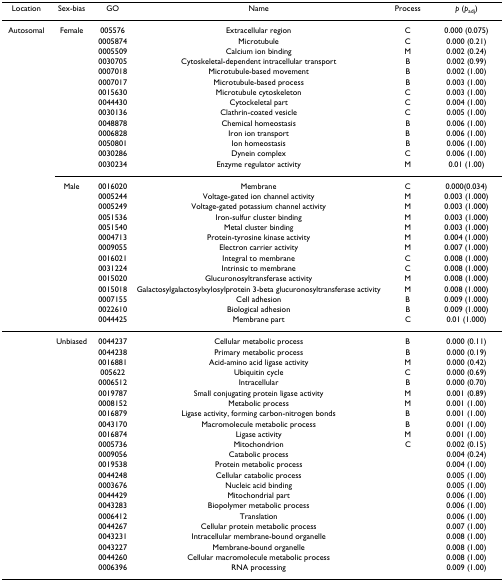
<table><thead><tr><td><b>Location</b></td><td><b>Sex-bias</b></td><td><b>GO</b></td><td><b>Name</b></td><td><b>Process</b></td><td><b><i>p </i>(<i>p</i><sub>adj</sub>)</b></td></tr></thead><tbody><tr><td>Autosomal</td><td>Female</td><td>005576</td><td>Extracellular region</td><td>C</td><td>0.000 (0.075)</td></tr><tr><td></td><td></td><td>0005874</td><td>Microtubule</td><td>C</td><td>0.000 (0.21)</td></tr><tr><td></td><td></td><td>0005509</td><td>Calcium ion binding</td><td>M</td><td>0.002 (0.24)</td></tr><tr><td></td><td></td><td>0030705</td><td>Cytoskeletal-dependent intracellular transport</td><td>B</td><td>0.002 (0.99)</td></tr><tr><td></td><td></td><td>0007018</td><td>Microtubule-based movement</td><td>B</td><td>0.002 (1.00)</td></tr><tr><td></td><td></td><td>0007017</td><td>Microtubule-based process</td><td>B</td><td>0.003 (1.00)</td></tr><tr><td></td><td></td><td>0015630</td><td>Microtubule cytoskeleton</td><td>C</td><td>0.003 (1.00)</td></tr><tr><td></td><td></td><td>0044430</td><td>Cytockeletal part</td><td>C</td><td>0.004 (1.00)</td></tr><tr><td></td><td></td><td>0030136</td><td>Clathrin-coated vesicle</td><td>C</td><td>0.005 (1.00)</td></tr><tr><td></td><td></td><td>0048878</td><td>Chemical homeostasis</td><td>B</td><td>0.006 (1.00)</td></tr><tr><td></td><td></td><td>0006828</td><td>Iron ion transport</td><td>B</td><td>0.006 (1.00)</td></tr><tr><td></td><td></td><td>0050801</td><td>Ion homeostasis</td><td>B</td><td>0.006 (1.00)</td></tr><tr><td></td><td></td><td>0030286</td><td>Dynein complex</td><td>C</td><td>0.006 (1.00)</td></tr><tr><td></td><td></td><td>0030234</td><td>Enzyme regulator activity</td><td>M</td><td>0.01 (1.00)</td></tr><tr><td></td><td>Male</td><td>0016020</td><td>Membrane</td><td>C</td><td>0.000(0.034)</td></tr><tr><td></td><td></td><td>0005244</td><td>Voltage-gated ion channel activity</td><td>M</td><td>0.003 (1.000)</td></tr><tr><td></td><td></td><td>0005249</td><td>Voltage-gated potassium channel activity</td><td>M</td><td>0.003 (1.000)</td></tr><tr><td></td><td></td><td>0051536</td><td>Iron-sulfur cluster binding</td><td>M</td><td>0.003 (1.000)</td></tr><tr><td></td><td></td><td>0051540</td><td>Metal cluster binding</td><td>M</td><td>0.003 (1.000)</td></tr><tr><td></td><td></td><td>0004713</td><td>Protein-tyrosine kinase activity</td><td>M</td><td>0.004 (1.000)</td></tr><tr><td></td><td></td><td>0009055</td><td>Electron carrier activity</td><td>M</td><td>0.007 (1.000)</td></tr><tr><td></td><td></td><td>0016021</td><td>Integral to membrane</td><td>C</td><td>0.008 (1.000)</td></tr><tr><td></td><td></td><td>0031224</td><td>Intrinsic to membrane</td><td>C</td><td>0.008 (1.000)</td></tr><tr><td></td><td></td><td>0015020</td><td>Glucuronosyltransferase activity</td><td>M</td><td>0.008 (1.000)</td></tr><tr><td></td><td></td><td>0015018</td><td>Galactosylgalactosylxylosylprotein 3-beta glucuronosyltransferase activity</td><td>M</td><td>0.008 (1.000)</td></tr><tr><td></td><td></td><td>0007155</td><td>Cell adhesion</td><td>B</td><td>0.009 (1.000)</td></tr><tr><td></td><td></td><td>0022610</td><td>Biological adhesion</td><td>B</td><td>0.009 (1.000)</td></tr><tr><td></td><td></td><td>0044425</td><td>Membrane part</td><td>C</td><td>0.01 (1.000)</td></tr><tr><td></td><td>Unbiased</td><td>0044237</td><td>Cellular metabolic process</td><td>B</td><td>0.000 (0.11)</td></tr><tr><td></td><td></td><td>0044238</td><td>Primary metabolic process</td><td>B</td><td>0.000 (0.19)</td></tr><tr><td></td><td></td><td>0016881</td><td>Acid-amino acid ligase activity</td><td>M</td><td>0.000 (0.42)</td></tr><tr><td></td><td></td><td>005622</td><td>Ubiquitin cycle</td><td>C</td><td>0.000 (0.69)</td></tr><tr><td></td><td></td><td>0006512</td><td>Intracellular</td><td>B</td><td>0.000 (0.70)</td></tr><tr><td></td><td></td><td>0019787</td><td>Small conjugating protein ligase activity</td><td>M</td><td>0.001 (0.89)</td></tr><tr><td></td><td></td><td>0008152</td><td>Metabolic process</td><td>M</td><td>0.001 (1.00)</td></tr><tr><td></td><td></td><td>0016879</td><td>Ligase activity, forming carbon-nitrogen bonds</td><td>B</td><td>0.001 (1.00)</td></tr><tr><td></td><td></td><td>0043170</td><td>Macromolecule metabolic process</td><td>B</td><td>0.001 (1.00)</td></tr><tr><td></td><td></td><td>0016874</td><td>Ligase activity</td><td>M</td><td>0.001 (1.00)</td></tr><tr><td></td><td></td><td>0005736</td><td>Mitochondrion</td><td>C</td><td>0.002 (0.15)</td></tr><tr><td></td><td></td><td>0009056</td><td>Catabolic process</td><td></td><td>0.004 (0.24)</td></tr><tr><td></td><td></td><td>0019538</td><td>Protein metabolic process</td><td></td><td>0.004 (1.00)</td></tr><tr><td></td><td></td><td>0044248</td><td>Cellular catabolic process</td><td></td><td>0.005 (1.00)</td></tr><tr><td></td><td></td><td>0003676</td><td>Nucleic acid binding</td><td></td><td>0.005 (1.00)</td></tr><tr><td></td><td></td><td>0044429</td><td>Mitochondrial part</td><td></td><td>0.006 (1.00)</td></tr><tr><td></td><td></td><td>0043283</td><td>Biopolymer metabolic process</td><td></td><td>0.006 (1.00)</td></tr><tr><td></td><td></td><td>0006412</td><td>Translation</td><td></td><td>0.006 (1.00)</td></tr><tr><td></td><td></td><td>0044267</td><td>Cellular protein metabolic process</td><td></td><td>0.007 (1.00)</td></tr><tr><td></td><td></td><td>0043231</td><td>Intracellular membrane-bound organelle</td><td></td><td>0.008 (1.00)</td></tr><tr><td></td><td></td><td>0043227</td><td>Membrane-bound organelle</td><td></td><td>0.008 (1.00)</td></tr><tr><td></td><td></td><td>0044260</td><td>Cellular macromolecule metabolic process</td><td></td><td>0.008 (1.00)</td></tr><tr><td></td><td></td><td>0006396</td><td>RNA processing</td><td></td><td>0.009 (1.00)</td></tr></tbody></table>